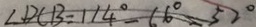
\angle D C B = 1 1 4 ^ { \circ } - 6 6 ^ { \circ } = 5 2 ^ { \circ }